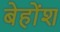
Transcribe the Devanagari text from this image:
बेहोंश